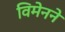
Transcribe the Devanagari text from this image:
विमेनने